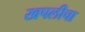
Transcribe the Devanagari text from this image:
खपलीचा